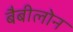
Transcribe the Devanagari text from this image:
बैबीलोन